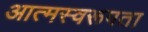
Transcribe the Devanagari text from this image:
आत्मस्वरूपता